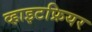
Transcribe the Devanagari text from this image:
व्हाइटफ्रियर